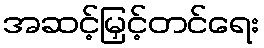
အဆင့်မြှင့်တင်ရေး